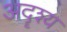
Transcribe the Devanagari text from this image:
अदॄश्य